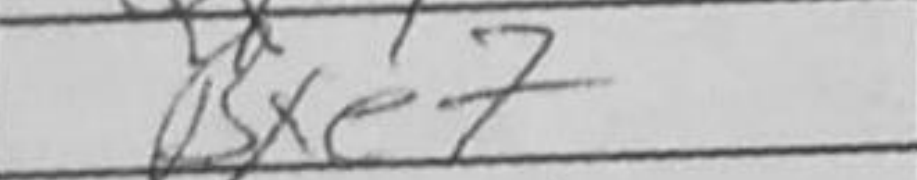
Transcription: Bxe7